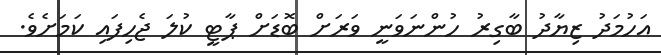
އަހުމަދު ޒިޔާދު ބާގިރު ހުންނަވަނީ ވަރަށް ބޮޑަށް ޕާޓީ ކުލަ ޖެހިފައި ކަމަށެވެ.